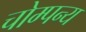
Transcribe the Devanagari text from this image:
चोम्पन्य